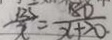
\frac { 1 3 5 } { x } = \frac { 1 8 0 } { x + 2 0 }